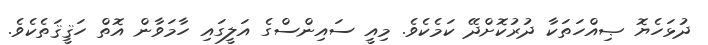
ދުޅަހެޔޮ ޞިއްހަތަކާ ދުރުކޮށްދޭ ކަމެކެވެ. މިއީ ސައިންސްގެ އަލީގައި ހާމަވާން އޮތް ހަޤީޤަތެކެވެ.